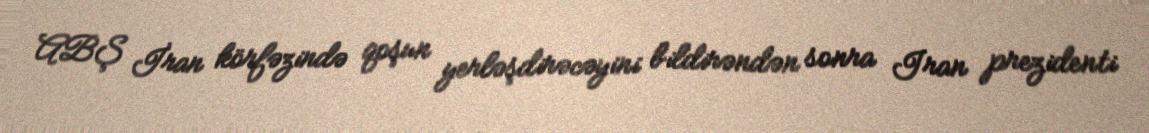
ABŞ İran körfəzində qoşun yerləşdirəcəyini bildirəndən sonra Iran prezidenti